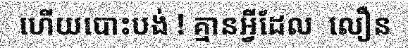
ហើយបោះបង់ ! គ្មានអ្វីដែល  លឿន